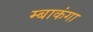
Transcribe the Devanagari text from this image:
म्बाकंगा